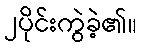
၂ပိုင်းကွဲခဲ့၏။